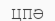
ЦПӘ